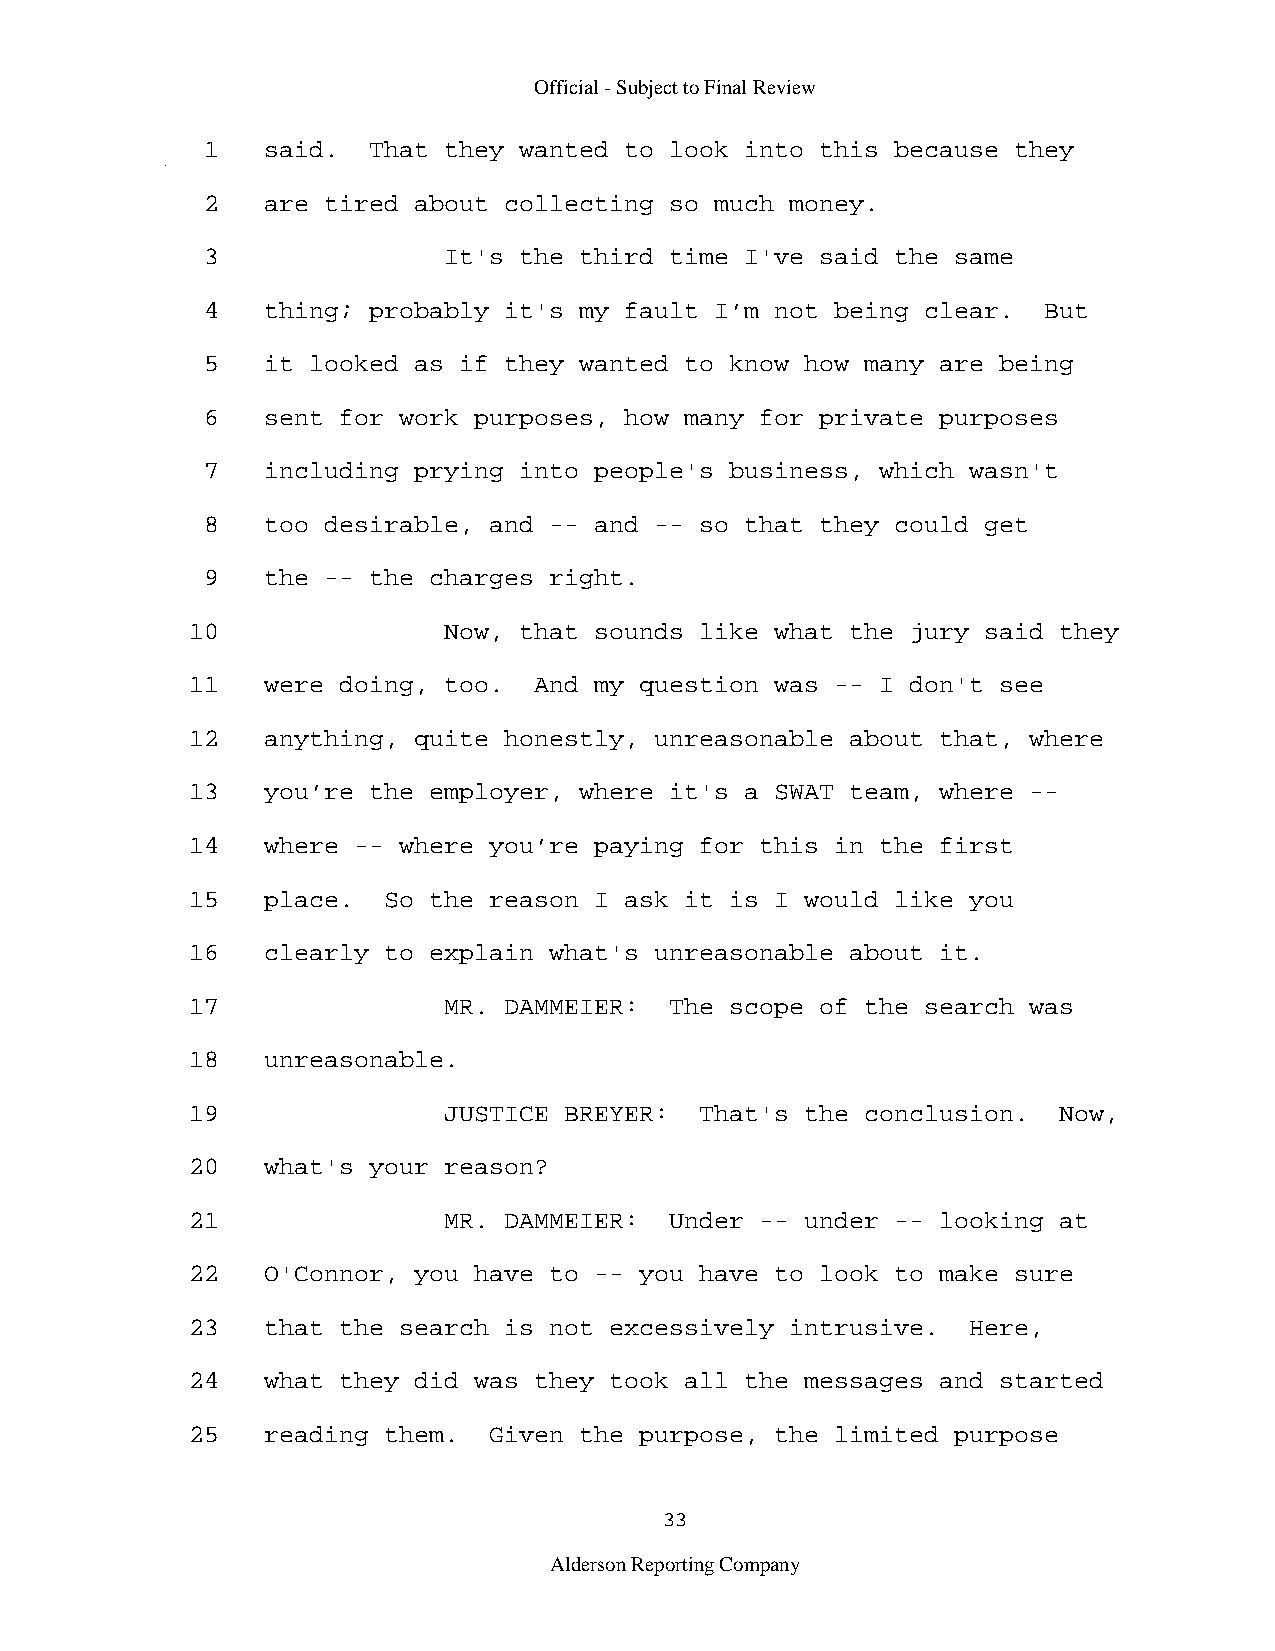
Official - Subject to Final Review
 1   said.  That they wanted to look into this because they
 2   are tired about collecting so much money.
 3               It's the third time I've said the same
 4   thing; probably it's my fault I’m not being clear.  But
 5   it looked as if they wanted to know how many are being
 6   sent for work purposes, how many for private purposes
 7   including prying into people's business, which wasn't
 8   too desirable, and -- and -- so that they could get
 9   the -- the charges right.
 10               Now, that sounds like what the jury said they
 11   were doing, too.  And my question was -- I don't see
 12   anything, quite honestly, unreasonable about that, where
 13   you’re the employer, where it's a SWAT team, where --
 14   where -- where you’re paying for this in the first
 15   place.  So the reason I ask it is I would like you
 16   clearly to explain what's unreasonable about it.
 17               MR. DAMMEIER:  The scope of the search was
 18   unreasonable.
 19               JUSTICE BREYER:  That's the conclusion.  Now,
 20   what's your reason?
 21               MR. DAMMEIER:  Under -- under -- looking at
 22   O'Connor, you have to -- you have to look to make sure
 23   that the search is not excessively intrusive.  Here,
 24   what they did was they took all the messages and started
 25   reading them.  Given the purpose, the limited purpose
 33
 Alderson Reporting Company